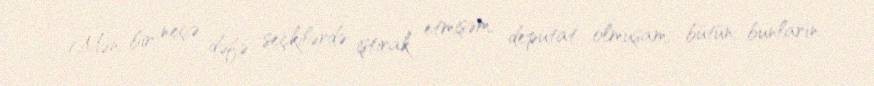
Mən bir neçə dəfə seçkilərdə iştirak etmişəm, deputat olmuşam, bütün bunların